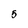
Character: 5